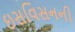
ઇસવિસનની